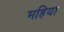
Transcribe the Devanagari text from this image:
महिया